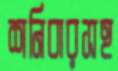
শনিবারসহ